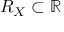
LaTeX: R _ { X } \subset \mathbb { R }